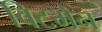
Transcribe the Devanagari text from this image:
विटमेन